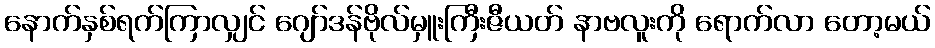
နောက်နှစ်ရက်ကြာလျှင် ဂျော်ဒန်ဗိုလ်မှူးကြီးဇီယတ် နာဗလူးကို ရောက်လာ တော့မယ်